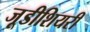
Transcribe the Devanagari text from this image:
जूडीशियरी